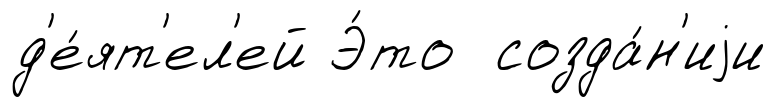
д'е́ят'ел'ей Э́то созда́н'иjи